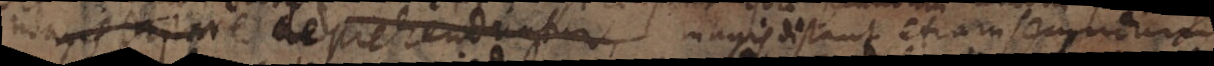
miagis cpor deprehenduntur, magis distant etiam secundum